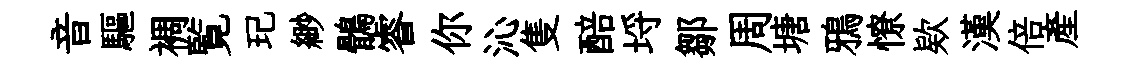
音驅裯覧玘緲鶻睿你沁隻醅埓鄒周塘鴉憭欵漢倍産